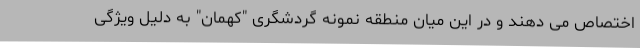
اختصاص می دهند و در این میان منطقه نمونه گردشگری "کهمان" به دلیل ویژگی